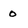
Character: 0